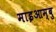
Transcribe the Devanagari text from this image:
माइआम्बु